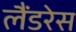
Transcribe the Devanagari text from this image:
लैंडरेस